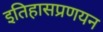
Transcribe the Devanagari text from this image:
इतिहासप्रणयन